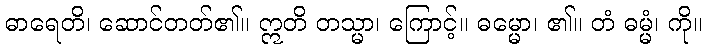
ဓာရေတိ၊ ဆောင်တတ်၏။ ဣတိ တသ္မာ၊ ကြောင့်။ ဓမ္မော၊ ၏။ တံ ဓမ္မံ၊ ကို။